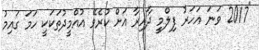
"2017 ވަނަ އަހަރު ފިލްމީ ދާއިރާ އަށް ކުރެވޭ އުއްމީދުތަކަކީ ހަމަ ގައިމު